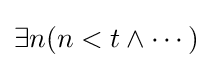
\exists n(n<t\land \cdots )